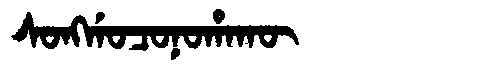
Manchu: ᠰᠣᠩᡤᠣᠴᠣᠨᠣᡥᠠᡴᡡ
Romanization: SONGGOCONOHAKŪ